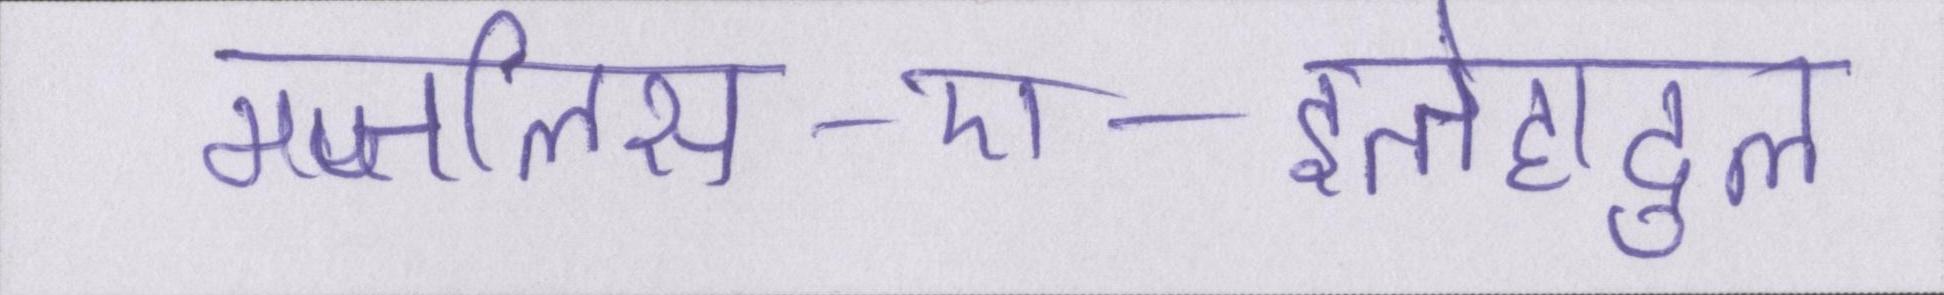
मजलिस-ए-इत्तेहादुल